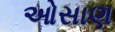
ઓસાણ